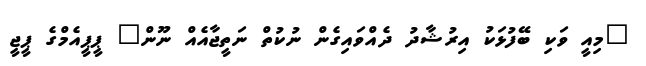
"މިއީ ވަކި ބޭފުޅަކު އިރުޝާދު ދެއްވައިގެން ނުކުތް ނަތީޖާއެއް ނޫން" ޕީޕީއެމްގެ ޕީޖީ